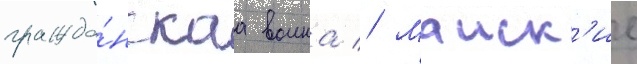
гражда́нскаа воина // Маиск'ие